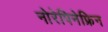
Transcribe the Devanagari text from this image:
नोरेपिनेफ्रिन